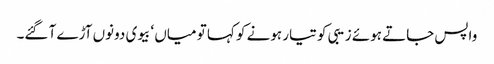
واپس جاتے ہوئے زیبی کو تیار ہونے کو کہا تو میاں ‘ بیوی دونوں آڑے آ گئے۔